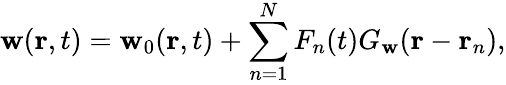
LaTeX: \mathbf{w}(\mathbf{{r}},t)=\mathbf{w}_{0}(\mathbf{{r}},t)+\sum_{n=1}^{N}F_{n}(t)G_{\mathbf{w}}(\mathbf{{r}}-\mathbf{{r}}_{n}),